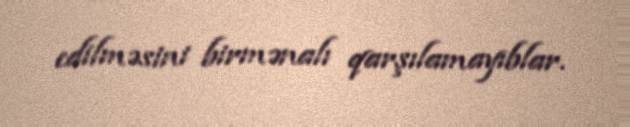
edilməsini birmənalı qarşılamayıblar.